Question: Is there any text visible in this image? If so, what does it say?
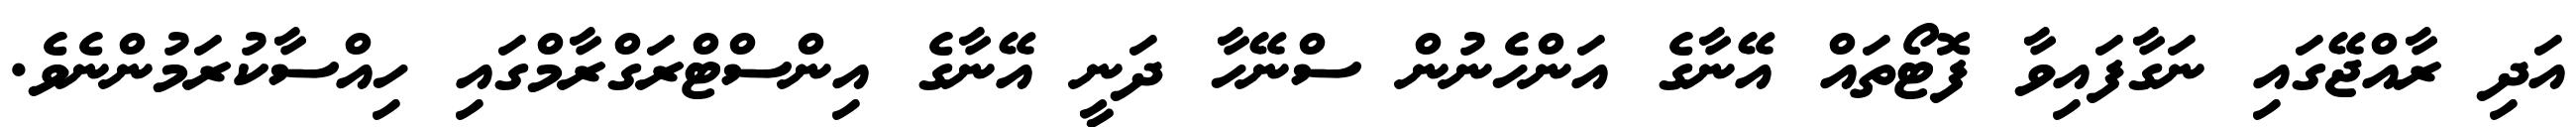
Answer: އަދި ރާއްޖޭގައި ނަގާފައިވާ ފޮޓޯތައް އޭނާގެ އަންހެނުން ސްނޭހާ ދަނީ އޭނާގެ އިންސްޓްރަގްރާމްގައި ހިއްސާކުރަމުންނެވެ.